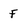
Character: F